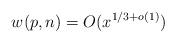
LaTeX: \begin{align*}w(p,n)=O(x^{1/3+o(1)})\end{align*}